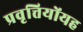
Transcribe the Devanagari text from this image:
प्रवृत्तियोंयह